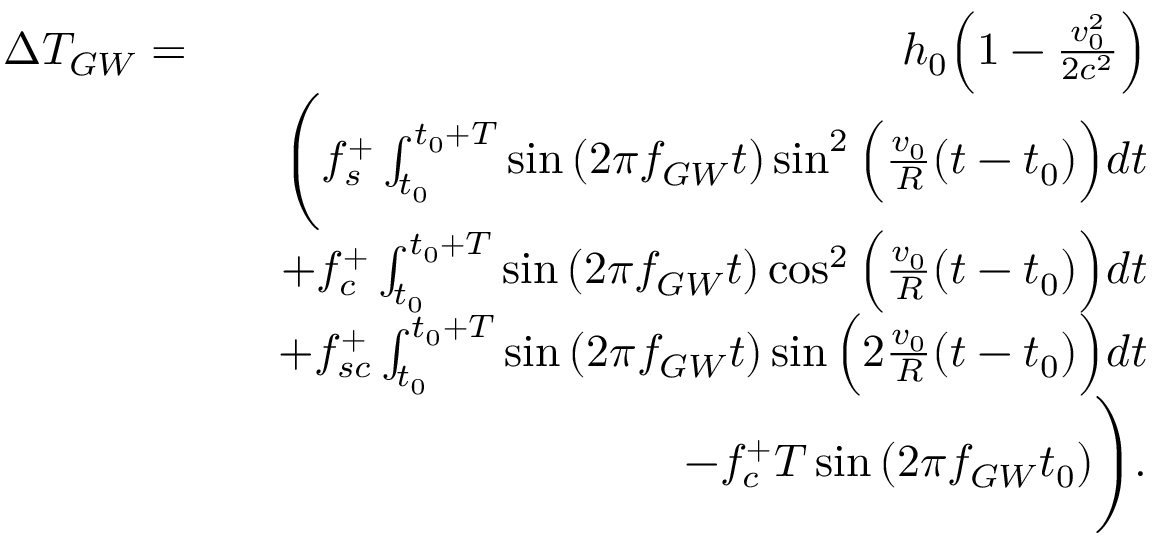
\begin{array} { r l r } { \Delta T _ { G W } = } & { } & { h _ { 0 } \Bigl ( 1 - \frac { v _ { 0 } ^ { 2 } } { 2 c ^ { 2 } } \Bigr ) } \\ & { } & { \Biggl ( f _ { s } ^ { + } \int _ { t _ { 0 } } ^ { t _ { 0 } + T } \sin { ( 2 \pi f _ { G W } t ) } \sin ^ { 2 } { \Bigl ( \frac { v _ { 0 } } { R } ( t - t _ { 0 } ) \Bigr ) } d t } \\ & { } & { + f _ { c } ^ { + } \int _ { t _ { 0 } } ^ { t _ { 0 } + T } \sin { ( 2 \pi f _ { G W } t ) } \cos ^ { 2 } { \Bigl ( \frac { v _ { 0 } } { R } ( t - t _ { 0 } ) \Bigr ) } d t } \\ & { } & { + f _ { s c } ^ { + } \int _ { t _ { 0 } } ^ { t _ { 0 } + T } \sin { ( 2 \pi f _ { G W } t ) } \sin { \Bigl ( 2 \frac { v _ { 0 } } { R } ( t - t _ { 0 } ) \Bigr ) } d t } \\ & { } & { - f _ { c } ^ { + } T \sin { ( 2 \pi f _ { G W } t _ { 0 } ) } \Biggr ) . } \end{array}